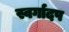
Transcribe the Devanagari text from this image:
स्वर्गादप